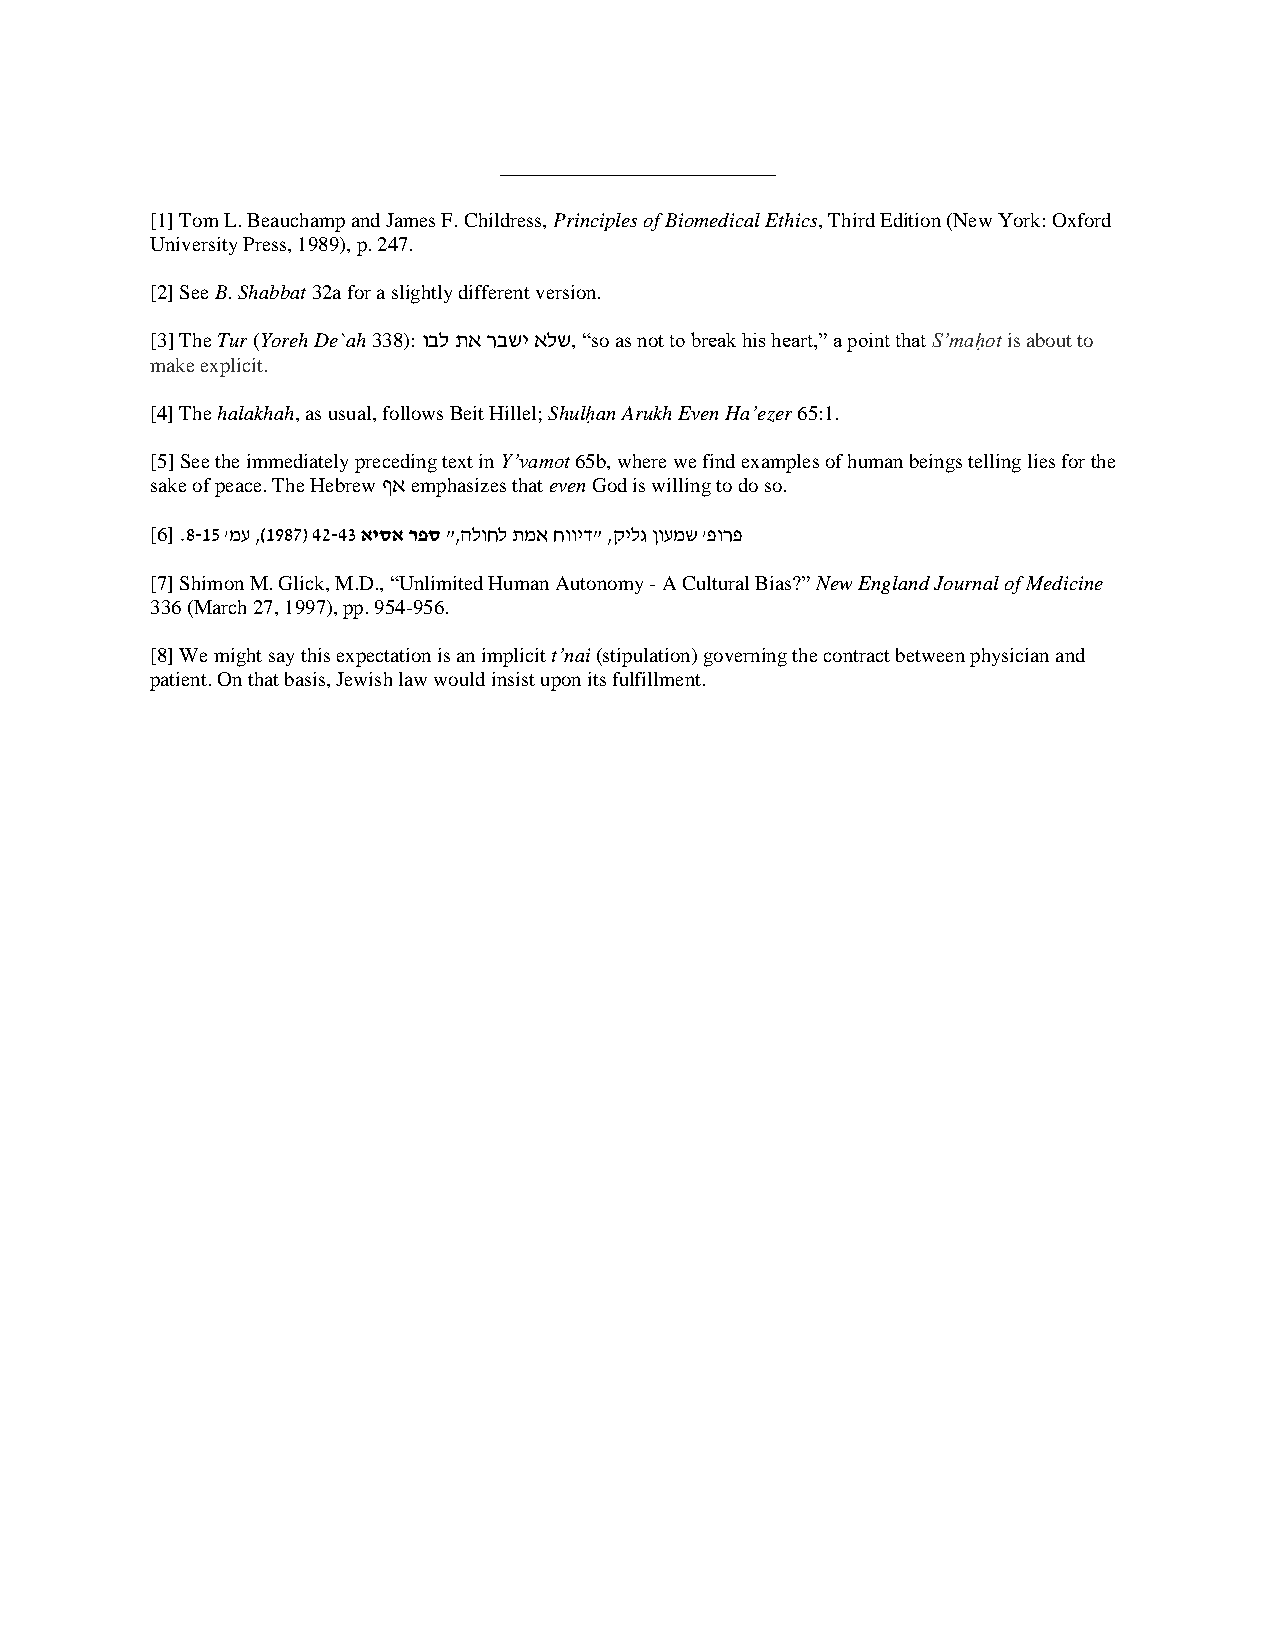
______________________
 [1] Tom L. Beauchamp and James F. Childress, Principles of Biomedical Ethics, Third Edition (New York: Oxford
 University Press, 1989), p. 247.
 [2] See B. Shabbat 32a for a slightly different version.
 [3] The Tur (Yoreh De`ah 338): ובל תא רבשי אלש, “so as not to break his heart,” a point that S’maḥot is about to
 make explicit.
 [4] The halakhah, as usual, follows Beit Hillel; Shulḥan Arukh Even Ha’ezer 65:1.
 [5] See the immediately preceding text in Y’vamot 65b, where we find examples of human beings telling lies for the
 sake of peace. The Hebrew ףא emphasizes that even God is willing to do so.
 [6] .8-15 'מע ,)1987( 42-43 איסא רפס ",הלוחל תמא חוויד" ,קילג ןועמש 'פורפ
 [7] Shimon M. Glick, M.D., “Unlimited Human Autonomy - A Cultural Bias?” New England Journal of Medicine
 336 (March 27, 1997), pp. 954-956.
 [8] We might say this expectation is an implicit t’nai (stipulation) governing the contract between physician and
 patient. On that basis, Jewish law would insist upon its fulfillment.